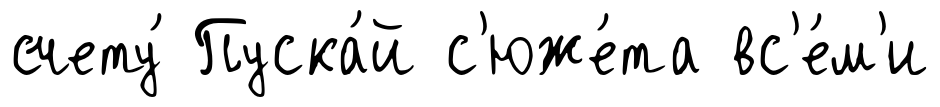
счету́ Пуска́й с'юже́та вс'е́м'и